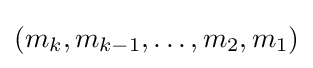
(m_{k},m_{k-1},\dots ,m_{2},m_{1})